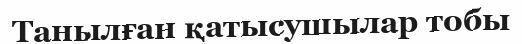
Танылған қатысушылар тобы